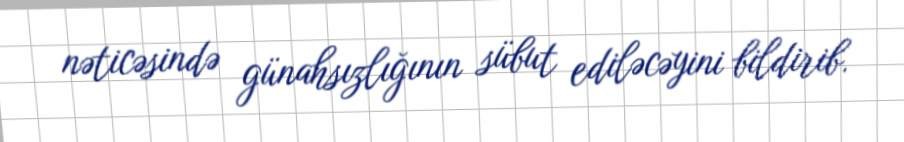
nəticəsində günahsızlığının sübut ediləcəyini bildirib.